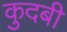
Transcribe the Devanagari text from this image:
कुदबी